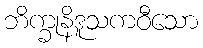
ဘိက္ခုနိဒူသကဝီသော